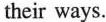
their ways.